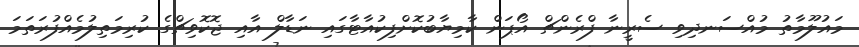
މައުލޫމާތު މުއްސަނދިވި ސެރީނާ ފްރެންޗް އޯޕަން ކާމިޔާބުކޮށްފިކުއާޓާގައި ނަޑާލް އާއި ޖޮކޮވިޗްގެ ކުރިމަތިލުމެއްފުރަތަމަ